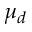
\mu _ { d }